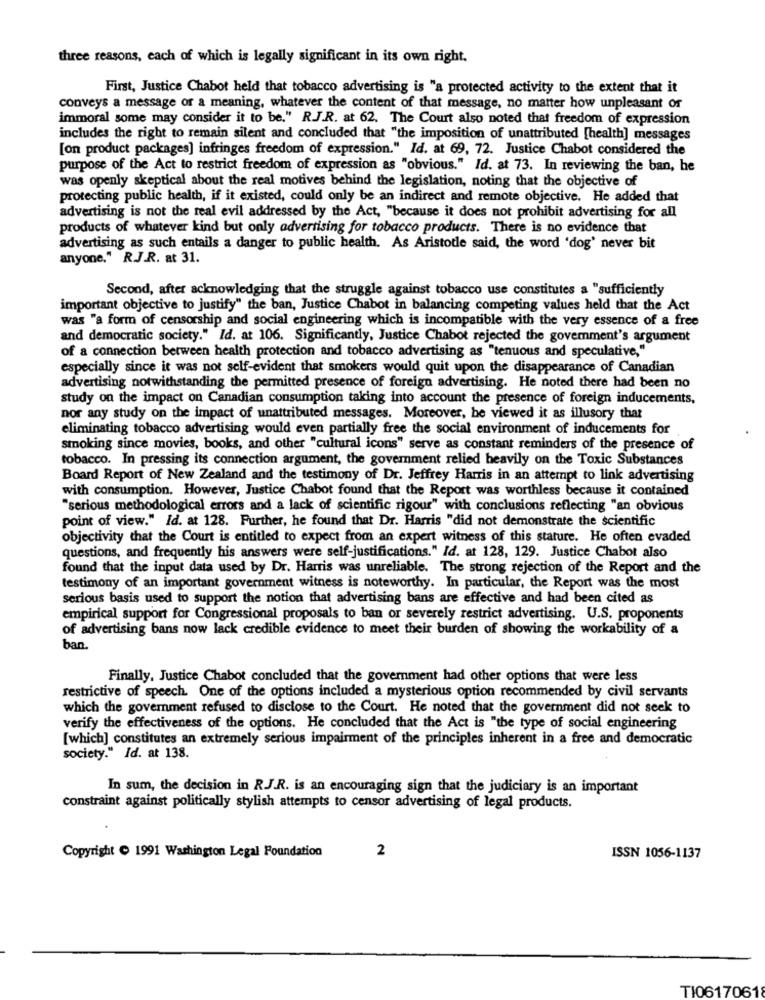
three reasons, each of which is legally significant in its own right.
First, Justice Chabot held that tobacco advertising is "a protected activity to the extent that it
conveys a message or a meaning, whatever the content of that message, no matter how unpleasant of
immoral some may consider it to be." R.J.R. at 62. The Court also noted that freedom of expression
includes the right to remain silent and concluded that "the imposition of unattributed [health] messages
[on product packages] infringes freedom of expression." Id. at 69, 72. Justice Chabot considered the
purpose of the Act to restrict freedom of expression as "obvious." Id. at 73. In reviewing the ban, he
was openly skeptical about the real motives behind the legislation, noting that the objective of
protecting public health, if it existed, could only be an indirect and remote objective. He added that
advertising is not the real evil addressed by the Act, "because it does not prohibit advertising for all
products of whatever kind but only advertising for tobacco products. There is no evidence that
advertising as such entails a danger to public health. As Aristotle said, the word 'dog' never bit
anyone," R.J.R. at 31.
Second, after acknowledging that the struggle against tobacco use constitutes a "sufficiently
important objective to justify" the ban, Justice Chabot in balancing competing values held that the Act
was "a form of censorship and social engineering which is incompatible with the very essence of a free
and democratic society." Id. at 106. Significantly, Justice Chabot rejected the government's argument
of a connection between health protection and tobacco advertising as "tenuous and speculative,"
especially since it was not self-evident that smokers would quit upon the disappearance of Canadian
advertising notwithstanding the permitted presence of foreign advertising. He noted there had been no
study on the impact on Canadian consumption taking into account the presence of foreign inducements,
nor any study on the impact of unattributed messages. Moreover, be viewed it as illusory that
eliminating tobacco advertising would even partially free the social environment of inducements for
smoking since movies, books, and other "cultural icons" serve as constant reminders of the presence of
tobacco. In pressing its connection argument, the government relied heavily on the Toxic Substances
Board Report of New Zealand and the testimony of Dr. Jeffrey Harris in an attempt to link advertising
with consumption. However, Justice Chabot found that the Report was worthless because it contained
"serious methodological errors and a lack of scientific rigour" with conclusions reflecting "an obvious
point of view." Id. at 128. Further, he found that Dr. Harris "did not demonstrate the scientific
objectivity that the Court is entitled to expect from an expert witness of this stature. He often evaded
questions, and frequently his answers were self-justifications." Id. at 128, 129. Justice Chabot also
found that the input data used by Dr. Harris was unreliable. The strong rejection of the Report and the
testimony of an important government witness is noteworthy. In particular, the Report was the most
serious basis used to support the notion that advertising bans are effective and had been cited as
empirical support for Congressional proposals to ban or severely restrict advertising. U.S. proponents
of advertising bans now lack credible evidence to meet their burden of showing the workability of a
ban.
Finally, Justice Chabot concluded that the government had other options that were less
restrictive of speech. One of the options included a mysterious option recommended by civil servants
which the government refused to disclose to the Court. He noted that the government did not seek to
verify the effectiveness of the options. He concluded that the Act is "the type of social engineering
[which] constitutes an extremely serious impairment of the principles inherent in a free and democratic
society." Id. at 138.
In sum, the decision in RJ.R. is an encouraging sign that the judiciary is an important
constraint against politically stylish attempts to censor advertising of legal products.
2
Copyright C 1991 Washington Legal Foundation
ISSN 1056-1137
TI06170618